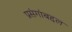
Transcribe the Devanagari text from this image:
प्रसंगांबद्दल